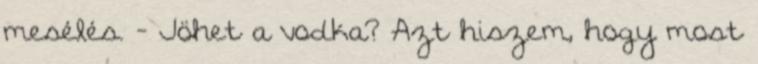
mesélés. - Jöhet a vodka? Azt hiszem, hogy most